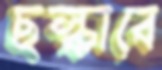
ছল্‌কাবে